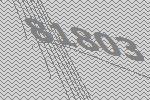
81803